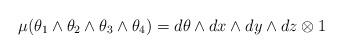
\begin{align*}\mu (\theta_1 \wedge \theta_2\wedge \theta_3\wedge \theta_4)=d \theta \wedge dx \wedge dy \wedge dz \otimes 1 \end{align*}